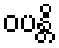
ဝပန္တိ